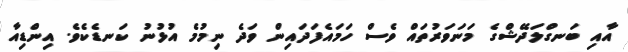
އާއި ބަނގްލަދޭޝްގެ މަނަވަރުތައް ވެސް ހަމައެފަދައިން ވަދެ ނިމުމެ އުޅުނު ކަނޑެކެވެ. އިންޑިއާ